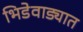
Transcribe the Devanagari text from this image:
भिडेवाड्यात